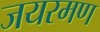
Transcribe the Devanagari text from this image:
जयरमण